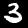
Label: 3